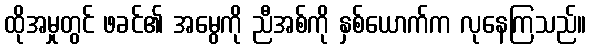
ထိုအမှုတွင် ဖခင်၏ အမွေကို ညီအစ်ကို နှစ်ယောက်က လုနေကြသည်။